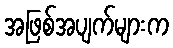
အဖြစ်အပျက်များက